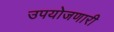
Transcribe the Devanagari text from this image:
उपयोजणारी